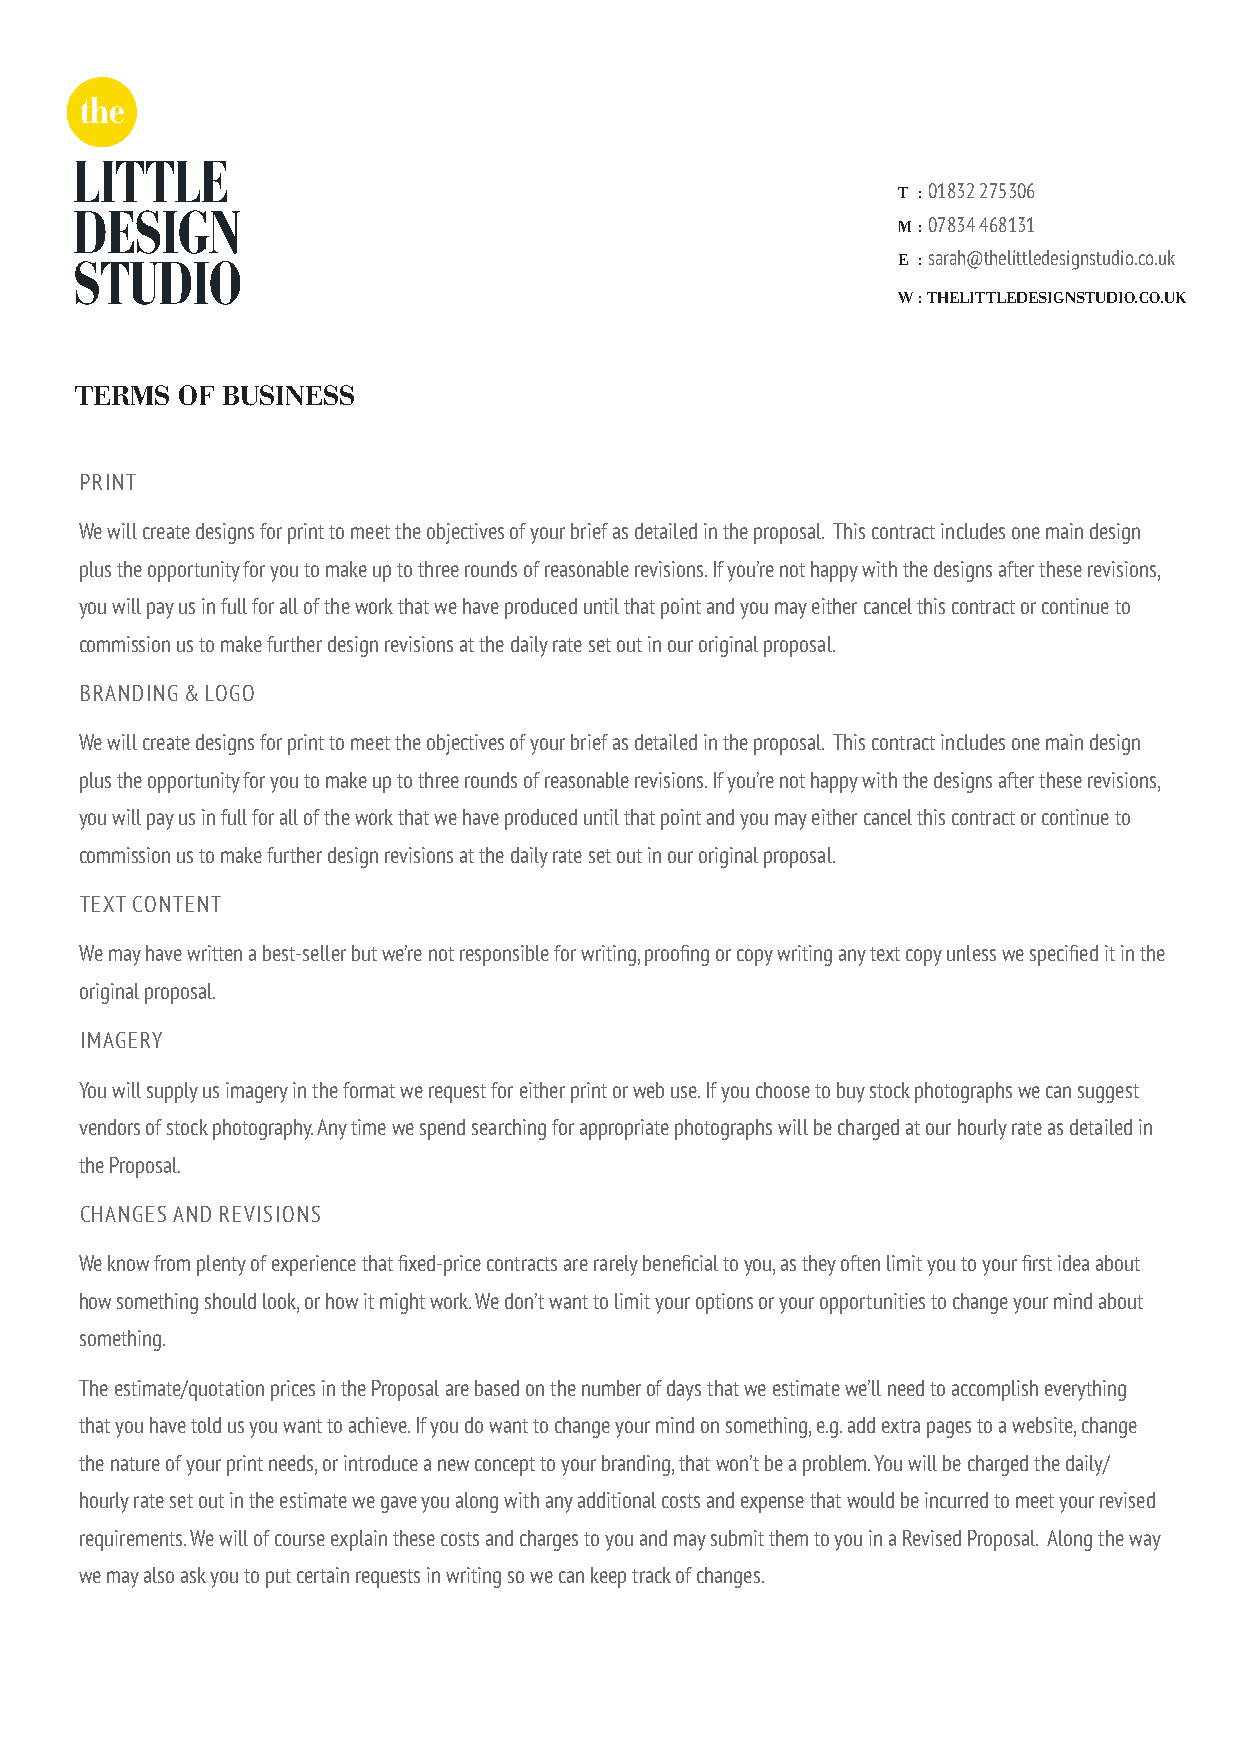
And so
 the
 Adventure
 LITTLE
 DESIGN
 the
 the
 STUDIO
 BEGINS
 LITTLE
 DESIGN
 the LITTLE DESIGN STUDIO                                 LDS
 STUDIO
 the LITTLE DESIGN STUDIO
 the
 The
 LITTLE
 T : 01832 275306
 DESIGN
 M : 07834 468131
 STUDIO                                                E : sarah@thelittledesignstudio.co.uk
 The
 W : THELITTLEDESIGNSTUDIO.CO.UK
 LDS
 TERMS  OF BUSINESS
 With GREAT BIG Ideas
 PRINT
 We will create designs for print to meet the objectives of your brief as detailed in the proposal. This contract includes one main design
 plus the opportunity for you to make up to three rounds of reasonable revisions. If you’re not happy with the designs after these revisions,
 you will pay us in full for all of the work that we have produced until that point and you may either cancel this contract or continue to
 commission us to make further design revisions at the daily rate set out in our original proposal.
 BRANDING & LOGO
 We will create designs for print to meet the objectives of your brief as detailed in the proposal. This contract includes one main design
 plus the opportunity for you to make up to three rounds of reasonable revisions. If you’re not happy with the designs after these revisions,
 you will pay us in full for all of the work that we have produced until that point and you may either cancel this contract or continue to
 commission us to make further design revisions at the daily rate set out in our original proposal.
 TEXT CONTENT
 We may have written a best-seller but we’re not responsible for writing, proofing or copy writing any text copy unless we specified it in the
 original proposal.
 IMAGERY
 You will supply us imagery in the format we request for either print or web use. If you choose to buy stock photographs we can suggest
 vendors of stock photography. Any time we spend searching for appropriate photographs will be charged at our hourly rate as detailed in
 the Proposal.
 CHANGES AND REVISIONS
 We know from plenty of experience that fixed-price contracts are rarely beneficial to you, as they often limit you to your first idea about
 how something should look, or how it might work. We don’t want to limit your options or your opportunities to change your mind about
 something.
 The estimate/quotation prices in the Proposal are based on the number of days that we estimate we’ll need to accomplish everything
 that you have told us you want to achieve. If you do want to change your mind on something, e.g. add extra pages to a website, change
 the nature of your print needs, or introduce a new concept to your branding, that won’t be a problem. You will be charged the daily/
 hourly rate set out in the estimate we gave you along with any additional costs and expense that would be incurred to meet your revised
 requirements. We will of course explain these costs and charges to you and may submit them to you in a Revised Proposal. Along the way
 we may also ask you to put certain requests in writing so we can keep track of changes.